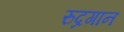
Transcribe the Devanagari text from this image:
रुद्रगान